Civil Veterinary Department. Madras. Admin. report 1926-33 - 1926-1933
Year: 1926
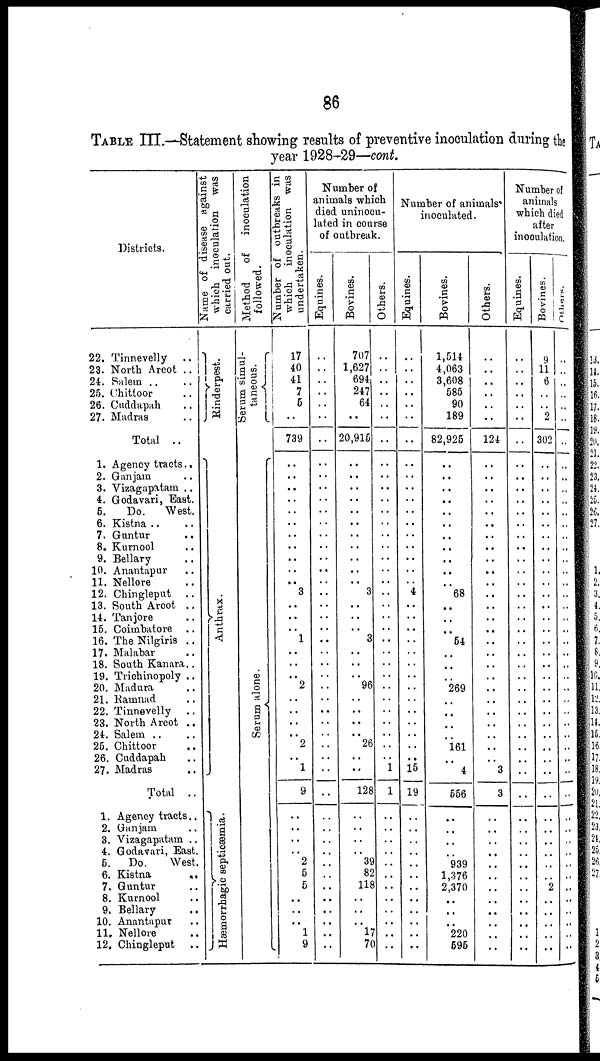
86
TABLE III.—Statement showing results of preventive inoculation during the
year 1928-29—cont.
Districts.
22. Tinnevelly ..
23. North Arcot ..
24. Salem .. ..
25. Chittoor ..
26. Cuddapah ..
27. Madras
Total ..
1. Agency tracts..
2. Ganjam ..
3. Vizagapatam ..
4. Godavari, East.
5.
Do.
West.
6. Kistna .. ..
7. Guntur
..
8. Kurnool ..
9. Bellary ..
10. Anantapur ..
11. Nellore ..
12. Chingleput ..
13. South Arcot ..
14. Tanjore ..
15. Coimbatore ..
16. The Nilgiris ..
17. Malabar ..
18. South Kanara..
19. Trichinopoly ..
20. Madura ..
21. Ramnad ..
22. Tinnevelly ..
23. North Arcot ..
24. Salem .. ..
25. Chittoor ..
26. Cuddapah ..
27. Madras
Total ..
1. Agency tracts..
2. Ganjam ..
3. Vizagapatam ..
4. Godavari, East
5. Do.
West.
6. Kistna
..
7. Guntur ..
8. Kurnool ..
9. Bellary ..
10. Anantapur ..
11. Nellore ..
12. Chingleput ..
Name of disease against
which
inoculation was
carried out.
Rinderpest.
Ant hr a x.
Hæmorrhagic septicæmia.
Method
of inoculation
followed.
Serum simul-
taneous.
Se r
um alone.
Number of outbreaks in
which inoculation was
undertaken.
17
40
41
7
5
..
739
..
..
..
..
..
..
..
..
..
..
..
3
..
..
..
1
..
..
..
2
..
..
..
..
2
..
1
9
..
..
..
..
2
5
5
..
..
..
1
9
Number of
animals which
died uninocu-
lated in course
of outbreak.
Equines.
..
..
..
.. ..
..
..
..
..
..
..
..
..
..
..
..
..
..
..
..
..
..
..
..
..
..
..
..
..
..
..
..
..
..
..
..
..
..
..
..
..
..
..
..
..
..
..
Bovines.
707
1,627
694
247
64
..
20,915
..
..
..
..
..
..
..
..
..
..
..
3
..
..
..
3
..
..
..
96
..
..
..
..
26
..
..
128
..
..
..
..
39
82
118
..
..
..
17
70
Others.
..
..
..
.. ..
..
..
..
..
..
..
..
..
..
..
..
..
..
..
..
..
..
..
..
..
..
..
..
..
..
..
..
..
1
1
..
..
..
..
..
..
..
..
..
..
..
..
Number of animals
inoculated.
Equines.
..
..
..
.. ..
..
..
..
..
..
..
..
..
..
..
..
..
..
4
..
..
..
..
..
..
..
..
..
..
..
..
..
..
15
19
..
..
..
..
..
..
..
..
..
..
..
..
Bovines.
1,514
4,063
3,608
585
90
189
82,925
..
..
..
..
..
..
..
..
..
..
..
68
..
..
..
54
..
..
..
269
..
..
..
..
161
..
4
556
..
..
..
..
939
1,376
2,370
..
..
..
220
695
Others.
..
..
..
.. ..
..
124
..
..
..
..
..
..
..
..
..
..
..
..
..
..
..
..
..
..
..
..
..
..
..
..
..
..
3
3
..
..
..
..
..
..
.. ..
..
..
..
..
Number of
animals
which died
after
inoculation.
Equines.
..
..
.. ..
..
..
..
..
..
..
..
..
..
..
..
..
..
..
..
..
..
..
..
..
..
..
..
..
..
..
..
..
..
..
..
..
..
..
.. ..
..
..
..
..
Bovines.
9
11
6
..
..
2
302
..
..
..
..
..
..
..
..
..
..
..
..
..
..
..
..
..
..
..
..
..
..
..
..
..
..
..
..
..
..
..
..
..
2
..
..
..
..
..
Others.
..
..
..
..
..
..
..
..
..
..
..
..
..
..
..
..
..
..
..
..
..
..
..
..
..
..
..
..
..
..
..
..
..
..
..
..
..